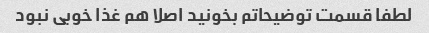
لطفا قسمت توضیحاتم بخونید اصلا هم غذا خوبی نبود